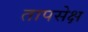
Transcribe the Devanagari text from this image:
तापसेक्ष